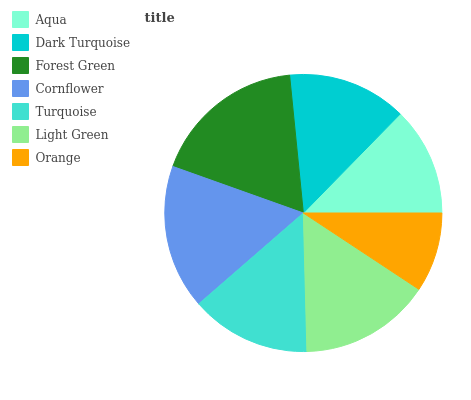
| Aqua | Dark Turquoise | Forest Green | Cornflower | Turquoise | Light Green | Orange |
 | --- | --- | --- | --- | --- | --- | --- |
 | 12.7% | 13.9% | 18% | 16.9% | 14% | 15.3% | 9.29% |